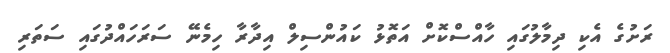
ރަށުގެ އެކި ދިމާލުގައި ހާއްސްކޮށް އަތޮޅު ކައުންސިލް އިދާރާ ހިމެނޭ ސަރަހައްދުގައި ސަތަރި